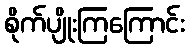
စိုက်ပျိုးကြကြောင်း